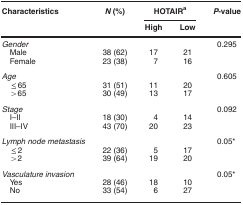
<table><thead><tr><td><b>Characteristics</b></td><td><b><i>N</i> (%)</b></td><td colspan="2"><b>HOTAIRa</b></td><td><b><i>P</i>-value</b></td></tr><tr><td><b> </b></td><td><b> </b></td><td><b>High</b></td><td><b>Low</b></td><td><b> </b></td></tr></thead><tbody><tr><td><i>Gender</i></td><td> </td><td> </td><td> </td><td>0.295</td></tr><tr><td>Male</td><td>38 (62)</td><td>17</td><td>21</td><td> </td></tr><tr><td>Female</td><td>23 (38)</td><td>7</td><td>16</td><td> </td></tr><tr><td><i>Age</i></td><td> </td><td> </td><td> </td><td>0.605</td></tr><tr><td>≤65</td><td>31 (51)</td><td>11</td><td>20</td><td> </td></tr><tr><td>&gt;65</td><td>30 (49)</td><td>13</td><td>17</td><td> </td></tr><tr><td><i>Stage</i></td><td> </td><td> </td><td> </td><td>0.092</td></tr><tr><td>I–II</td><td>18 (30)</td><td>4</td><td>14</td><td> </td></tr><tr><td>III–IV</td><td>43 (70)</td><td>20</td><td>23</td><td> </td></tr><tr><td><i>Lymph node metastasis</i></td><td> </td><td> </td><td> </td><td>0.05*</td></tr><tr><td>≤2</td><td>22 (36)</td><td>5</td><td>17</td><td> </td></tr><tr><td>&gt;2</td><td>39 (64)</td><td>19</td><td>20</td><td> </td></tr><tr><td><i>Vasculature invasion</i></td><td> </td><td> </td><td> </td><td>0.05*</td></tr><tr><td>Yes</td><td>28 (46)</td><td>18</td><td>10</td><td> </td></tr><tr><td>No</td><td>33 (54)</td><td>6</td><td>27</td><td> </td></tr></tbody></table>